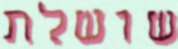
שושלת